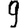
Digit: 9